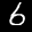
Label: 6